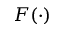
F ( \cdot )